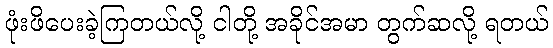
ဖုံးဖိပေးခဲ့ကြတယ်လို့ ငါတို့ အခိုင်အမာ တွက်ဆလို့ ရတယ်